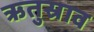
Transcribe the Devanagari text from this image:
ऋतुस्राव